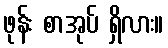
ဖုန်း စာအုပ် ရှိလား။